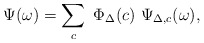
\begin{align*}\Psi(\omega) = \sum_c \ \Phi_\Delta(c)\ \Psi_{\Delta,c}(\omega),\end{align*}